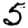
Digit: 5